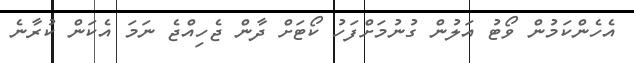
އެހެންކަމުން ވޯޓު އަލުން ގުނުމަށްފަހު ކޯޓަށް ދާން ޖެހިއްޖެ ނަމަ އެކަން ކުރާނެ